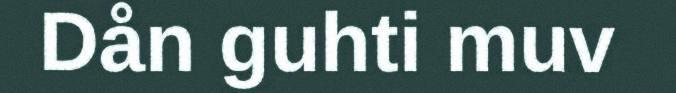
Dån guhti muv